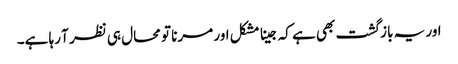
اور یہ باز گشت بھی ہے کہ جینا مشکل اور مرنا تو محال ہی نظر آ رہا ہے۔